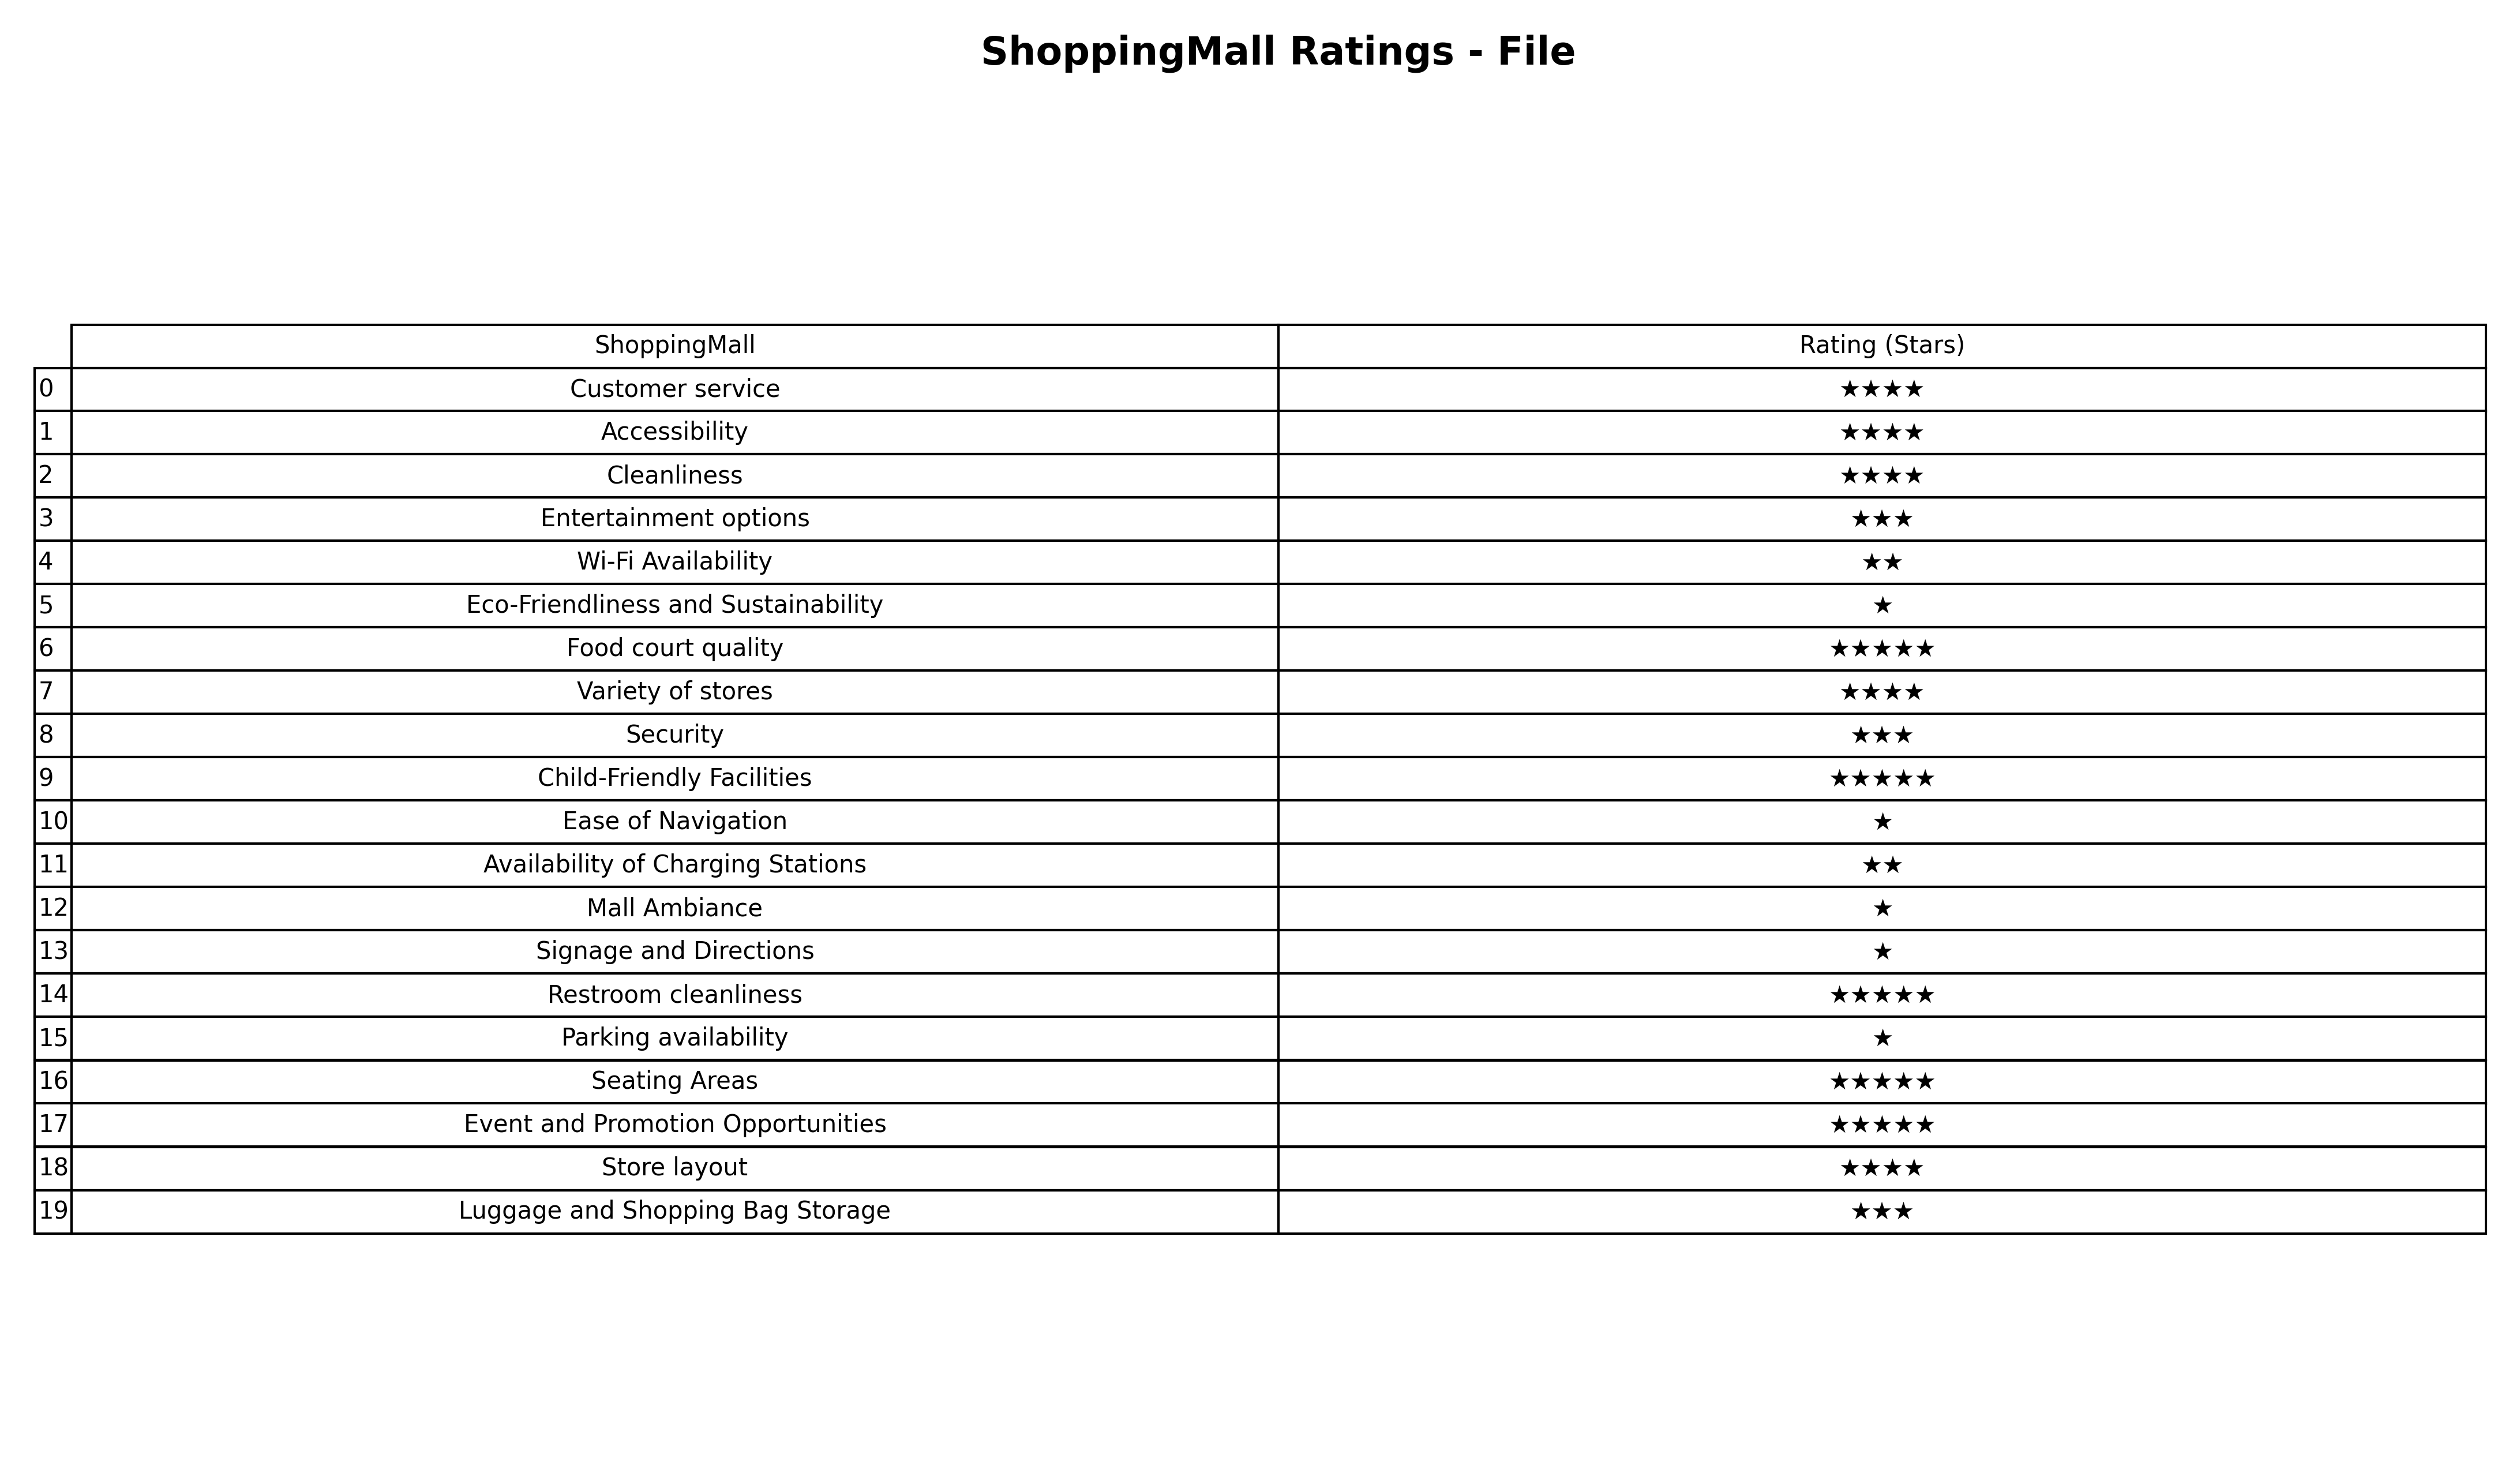
question: What are two star services?
answer: Wi-Fi AvailabilityAvailability of Charging Stations